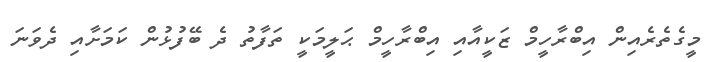
މީގެތެރެއިން އިބްރާހީމް ޒަކީއާއި އިބްރާހީމް ޙަލީމަކީ ތަފާތު ދެ ބޭފުޅުން ކަމަށާއި ދެވަނަ